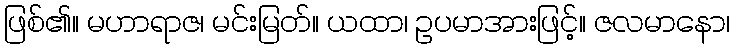
ဖြစ်၏။ မဟာရာဇ၊ မင်းမြတ်။ ယထာ၊ ဥပမာအားဖြင့်။ ဇလမာနော၊